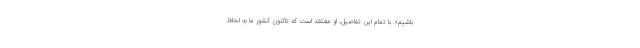
باشیم». با تمام این تفاصیل، او معتقد است که تاکنون کشور ما به لحاظ